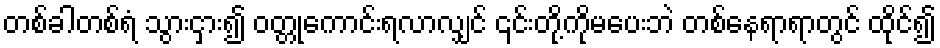
တစ်ခါတစ်ရံ သွားငှား၍ ဝတ္တုကောင်းရလာလျှင် ၎င်းတို့ကိုမပေးဘဲ တစ်နေရာရာတွင် ထိုင်၍